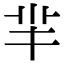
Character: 芈